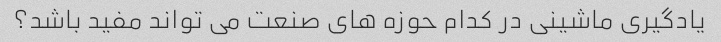
یادگیری ماشینی در کدام حوزه های صنعت می تواند مفید باشد؟